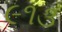
૯૧૩